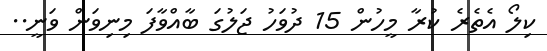
ކިލޯ އެތެރެ ކުރާ މީހުން 15 ދުވަހު ޖަލުގަ ބާއްވާފަ މިނިވަން ވަނީ..